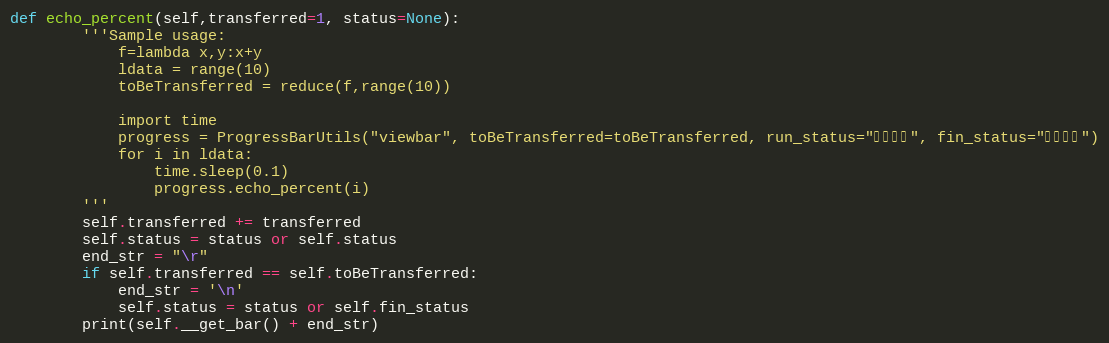
Language: Python
def echo_percent(self,transferred=1, status=None):
        '''Sample usage:
            f=lambda x,y:x+y
            ldata = range(10)
            toBeTransferred = reduce(f,range(10))

            import time
            progress = ProgressBarUtils("viewbar", toBeTransferred=toBeTransferred, run_status="正在下载", fin_status="下载完成")
            for i in ldata:
                time.sleep(0.1)
                progress.echo_percent(i)
        '''
        self.transferred += transferred
        self.status = status or self.status
        end_str = "\r"
        if self.transferred == self.toBeTransferred:
            end_str = '\n'
            self.status = status or self.fin_status
        print(self.__get_bar() + end_str)